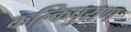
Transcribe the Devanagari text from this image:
कल्किपुराण